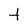
Character: t